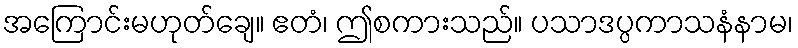
အကြောင်းမဟုတ်ချေ။ ဧတံ၊ ဤစကားသည်။ ပသာဒပ္ပကာသနံနာမ၊